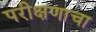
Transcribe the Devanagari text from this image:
परीक्षणाचा